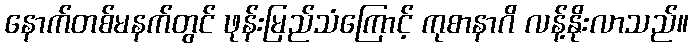
နောက်တစ်မနက်တွင် ဖုန်းမြည်သံကြောင့် ကုစာနာဂိ လန့်နိုးလာသည်။